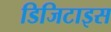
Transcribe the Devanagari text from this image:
डिजिटाइस